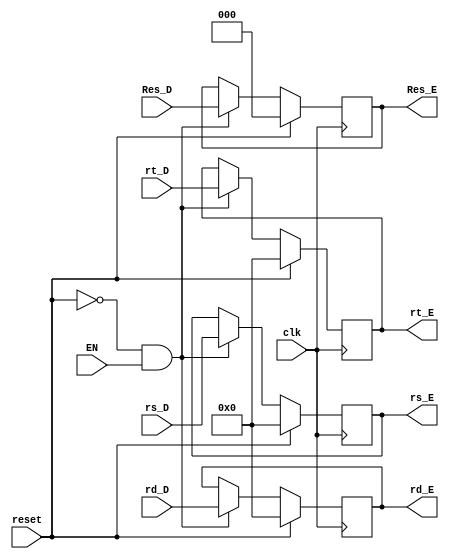
`timescale 1ns / 1ps
//////////////////////////////////////////////////////////////////////////////////
// Company: 
// Engineer: 
// 
// Design Name: 
// Module Name:    ResE 
// Project Name: 
// Target Devices: 
// Tool versions: 
// Description: 
//
// Dependencies: 
//
// Revision: 
// Revision 0.01 - File Created
// Additional Comments: 
//
//////////////////////////////////////////////////////////////////////////////////
module ResE(
    input [4:0] rs_D,
    input [4:0] rt_D,
	input [4:0] rd_D,
    input [2:0] Res_D,
    input clk,
    input reset,
	input EN,
    output [4:0] rs_E,
    output [4:0] rt_E,
	output [4:0] rd_E,
    output [2:0] Res_E
    );
	reg [2:0] res;
	reg [4:0] rs, rt, rd;
	assign Res_E = res;
	assign rs_E = rs;
	assign rt_E = rt;
	assign rd_E = rd;
	initial begin
		res <= 0;
		rs <= 0;
		rt <= 0;
		rd <= 0;
	end
	always @(posedge clk) begin
		if(reset) begin
			res <= 0;
			rs <= 0;
			rt <= 0;
			rd <= 0;
		end
		else if(reset == 0 && EN == 1) begin
			res <= Res_D;
			rs <= rs_D;
			rt <= rt_D;
			rd <= rd_D;
		end
		else if(reset == 0 && EN == 0) begin
			res <= res;
			rs <= rs;
			rt <= rt;
			rd <= rd;
		end
	end

endmodule